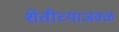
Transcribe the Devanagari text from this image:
शेतीच्याजवळ